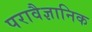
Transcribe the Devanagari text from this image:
परावैज्ञानिक